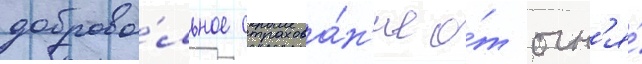
доброво́льное страхова́н'ие о́т огн'я́